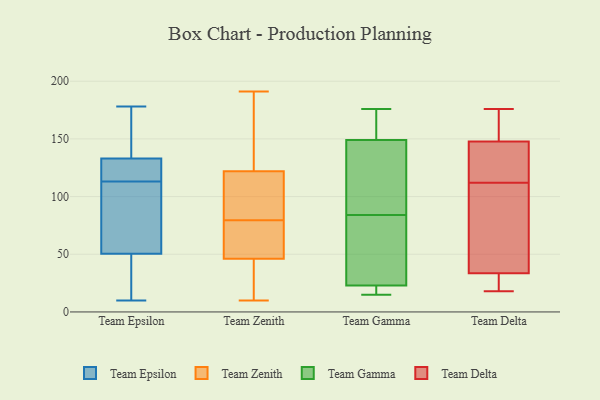
{"axis": {"x": "Shipments", "y": "Value"}, "legend": ["Team Delta", "Team Epsilon", "Team Gamma", "Team Zenith"], "data": [{"x": "", "y": 43, "type": "Team Epsilon"}, {"x": "", "y": 10, "type": "Team Epsilon"}, {"x": "", "y": 63, "type": "Team Epsilon"}, {"x": "", "y": 178, "type": "Team Epsilon"}, {"x": "", "y": 116, "type": "Team Epsilon"}, {"x": "", "y": 134, "type": "Team Epsilon"}, {"x": "", "y": 110, "type": "Team Epsilon"}, {"x": "", "y": 133, "type": "Team Epsilon"}, {"x": "", "y": 149, "type": "Team Epsilon"}, {"x": "", "y": 21, "type": "Team Epsilon"}, {"x": "", "y": 133, "type": "Team Epsilon"}, {"x": "", "y": 76, "type": "Team Epsilon"}, {"x": "", "y": 33, "type": "Team Epsilon"}, {"x": "", "y": 58, "type": "Team Epsilon"}, {"x": "", "y": 116, "type": "Team Epsilon"}, {"x": "", "y": 124, "type": "Team Epsilon"}, {"x": "", "y": 84, "type": "Team Zenith"}, {"x": "", "y": 10, "type": "Team Zenith"}, {"x": "", "y": 151, "type": "Team Zenith"}, {"x": "", "y": 46, "type": "Team Zenith"}, {"x": "", "y": 33, "type": "Team Zenith"}, {"x": "", "y": 191, "type": "Team Zenith"}, {"x": "", "y": 122, "type": "Team Zenith"}, {"x": "", "y": 85, "type": "Team Zenith"}, {"x": "", "y": 75, "type": "Team Zenith"}, {"x": "", "y": 92, "type": "Team Zenith"}, {"x": "", "y": 74, "type": "Team Zenith"}, {"x": "", "y": 38, "type": "Team Zenith"}, {"x": "", "y": 165, "type": "Team Zenith"}, {"x": "", "y": 28, "type": "Team Zenith"}, {"x": "", "y": 101, "type": "Team Zenith"}, {"x": "", "y": 183, "type": "Team Zenith"}, {"x": "", "y": 74, "type": "Team Zenith"}, {"x": "", "y": 49, "type": "Team Zenith"}, {"x": "", "y": 86, "type": "Team Gamma"}, {"x": "", "y": 68, "type": "Team Gamma"}, {"x": "", "y": 23, "type": "Team Gamma"}, {"x": "", "y": 15, "type": "Team Gamma"}, {"x": "", "y": 82, "type": "Team Gamma"}, {"x": "", "y": 23, "type": "Team Gamma"}, {"x": "", "y": 149, "type": "Team Gamma"}, {"x": "", "y": 160, "type": "Team Gamma"}, {"x": "", "y": 116, "type": "Team Gamma"}, {"x": "", "y": 176, "type": "Team Gamma"}, {"x": "", "y": 147, "type": "Team Delta"}, {"x": "", "y": 148, "type": "Team Delta"}, {"x": "", "y": 28, "type": "Team Delta"}, {"x": "", "y": 176, "type": "Team Delta"}, {"x": "", "y": 137, "type": "Team Delta"}, {"x": "", "y": 18, "type": "Team Delta"}, {"x": "", "y": 106, "type": "Team Delta"}, {"x": "", "y": 32, "type": "Team Delta"}, {"x": "", "y": 112, "type": "Team Delta"}, {"x": "", "y": 146, "type": "Team Delta"}, {"x": "", "y": 149, "type": "Team Delta"}, {"x": "", "y": 35, "type": "Team Delta"}, {"x": "", "y": 94, "type": "Team Delta"}, {"x": "", "y": 33, "type": "Team Delta"}, {"x": "", "y": 176, "type": "Team Delta"}]}